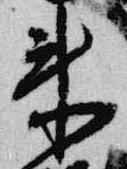
来